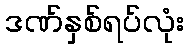
ဒဏ်နှစ်ရပ်လုံး